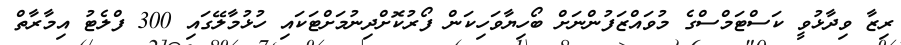
ރިޒާ ވިދާޅުވީ ކަސްޓަމްސްގެ މުވައްޒަފުންނަށް ބޯހިޔާވަހިކަން ފޯރުކޮށްދިނުމަށްޓަކައި ހުޅުމާލޭގައި 300 ފްލެޓު އިމާރާތް